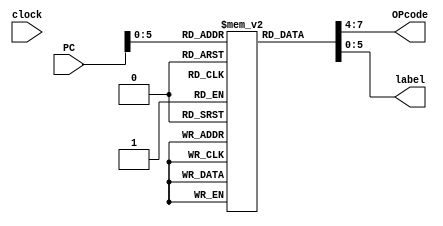
module Int_Mem(clock, PC, OPcode, label);
input clock;
input [7:0]PC; //Instruo
output reg[3:0] OPcode; //OPcode da instruo
output reg[5:0] label; //
//Valor imediato/num. reg talvez?

reg [7:0] instru[0:63]; //Memoria com as instrues

initial
begin
	//Aqui vo ficar as instrues
	instru[0] = 8'b00000000; //Exemplo/teste
end

//Acesso da memoria
always @(PC)
	begin
		OPcode <= instru[PC][7:4];
		label  <= instru[PC][5:0];
		//reg Alvo
		//reg Imed.
	end

endmodule